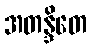
အတန္ဒိတေ